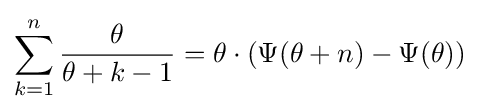
{\begin{aligned}\sum _{k=1}^{n}{\frac {\theta }{\theta +k-1}}=\theta \cdot (\Psi (\theta +n)-\Psi (\theta ))\end{aligned}}